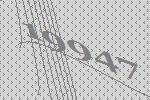
19947